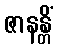
ဇာနန္တိံ